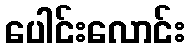
ပေါင်းလောင်း